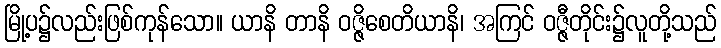
မြို့ပ၌လည်းဖြစ်ကုန်သော။ ယာနိ တာနိ ဝဇ္ဇိစေတိယာနိ၊ အကြင် ဝဇ္ဇီတိုင်း၌လူတို့သည်